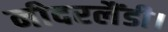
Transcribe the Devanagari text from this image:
नीदरलैंडी।